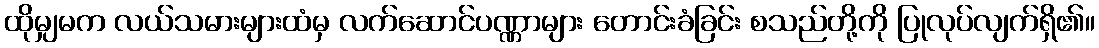
ထိုမျှမက လယ်သမားများထံမှ လက်ဆောင်ပဏ္ဏာများ တောင်းခံခြင်း စသည်တို့ကို ပြုလုပ်လျက်ရှိ၏။